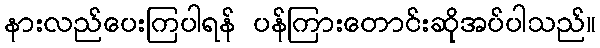
နားလည်ပေးကြပါရန် ပန်ကြားတောင်းဆိုအပ်ပါသည်။